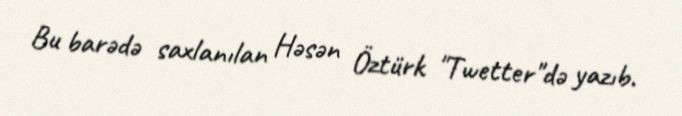
Bu barədə saxlanılan Həsən Öztürk "Twetter"də yazıb.